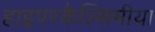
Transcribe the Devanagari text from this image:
हाइपरकैल्सिमीया